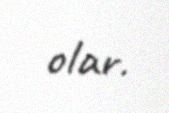
olar.